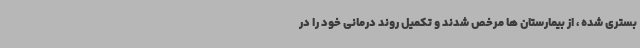
بستری شده ، از بیمارستان ها مرخص شدند و تکمیل روند درمانی خود را در